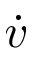
\dot { v }